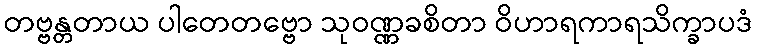
တဗ္ဗန္တတာယ ပါတေတဗ္ဗော သုဝဏ္ဏခစိတာ ဝိဟာရကာရသိက္ခာပဒံ